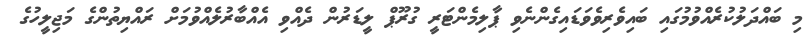
މި ބައްދަލުކުރެއްވުމުގައި ބައިވެރިވެވަޑައިގެންނެވި ޕާލިމެންޓަރީ ގުރޫޕް ލީޑަރުން ދެއްވި އެއްބާރުލެއްވުމަށް ރައްޔިތުންގެ މަޖިލީހުގެ